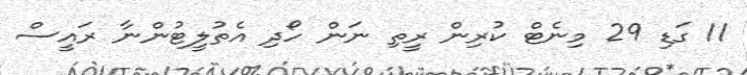
11 ގަޑި 29 މިނެޓް ކުރިން ރީތި ނަން ހޯދި އެތުލީޓުންނާ ރައީސް